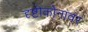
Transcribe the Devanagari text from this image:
दृष्टीकोनांवर